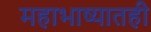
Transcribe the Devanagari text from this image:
महाभाष्यातही